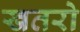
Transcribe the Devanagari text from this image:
खतरो